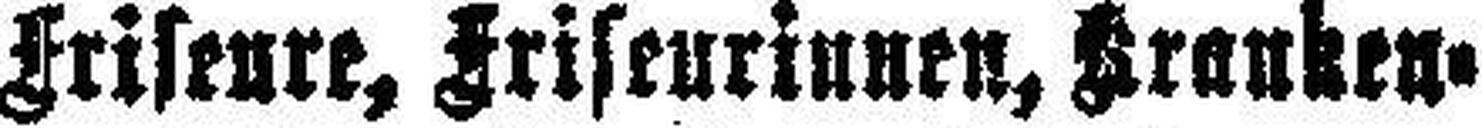
Friseure, Friseurinnen, Kranken¬